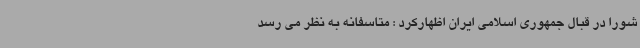
شورا در قبال جمهوری اسلامی ایران اظهارکرد : متاسفانه به نظر می رسد